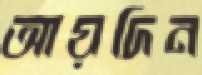
আয়দিন